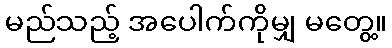
မည်သည့် အပေါက်ကိုမျှ မတွေ့။